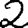
Digit: 2